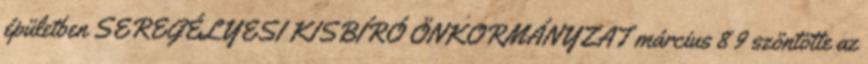
épületben SEREGÉLYESI KISBÍRÓ ÖNKORMÁNYZAT március 8 9 szöntötte az